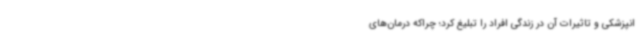
انپزشکی و تاثیرات آن در زندگی افراد را تبلیغ کرد؛ چراکه درمان‌های